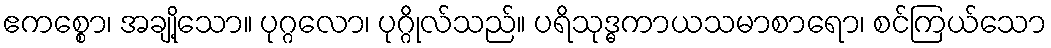
ဧကစ္စော၊ အချို့သော။ ပုဂ္ဂလော၊ ပုဂ္ဂိုလ်သည်။ ပရိသုဒ္ဓကာယသမာစာရော၊ စင်ကြယ်သော